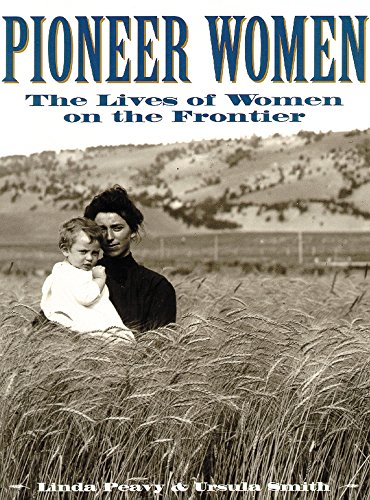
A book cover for Pioneer Women: The Lives of Women on the Frontier (Oklahoma Paperbacks Edition); Linda Peavy; Biographies & Memoirs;